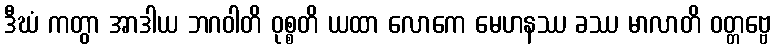
ဒီဃံ ကတွာ အာဒါယ ဘဂဝါတိ ဝုစ္စတိ ယထာ လောကေ မေဟနဿ ခဿ မာလာတိ ဝတ္တဗ္ဗေ